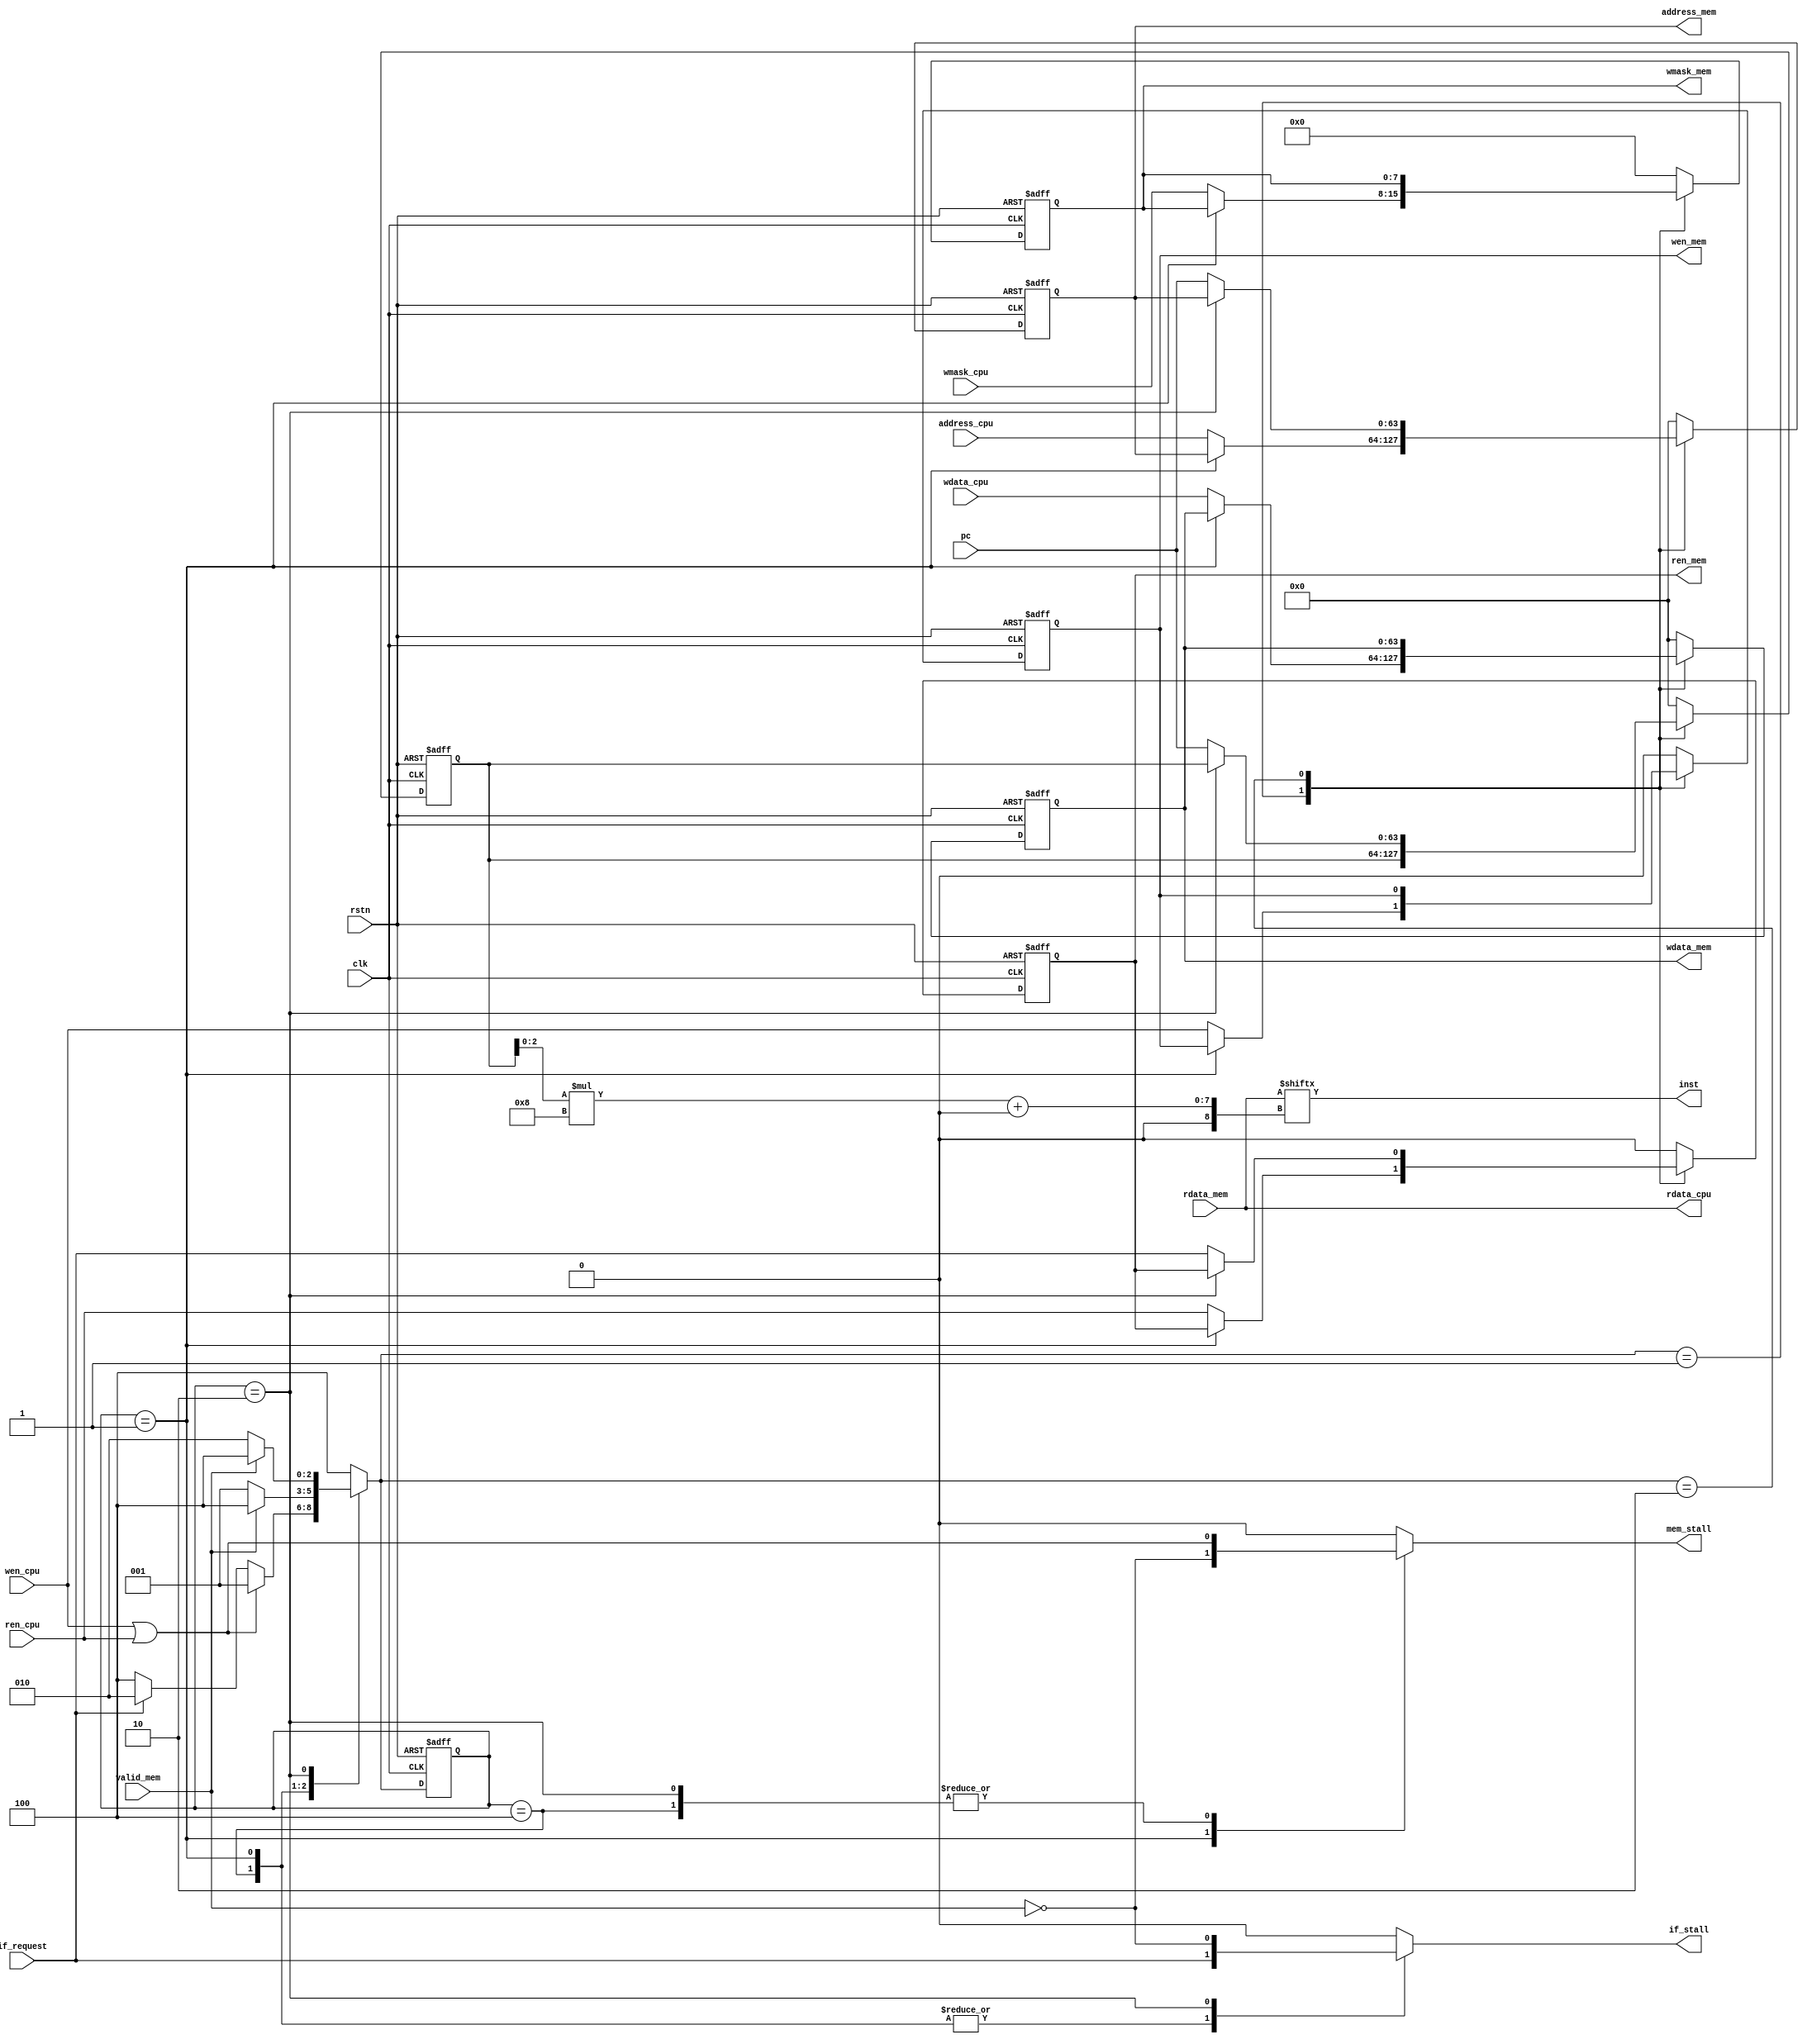
module Core2Mem_FSM (
    input wire clk,
    input wire rstn,
    input wire [63:0] pc,
    input wire if_request,
    input wire [63:0] address_cpu,
    input wire wen_cpu,
    input wire ren_cpu,
    input wire [63:0] wdata_cpu,
    input wire [7:0] wmask_cpu,
    output [31:0] inst,
    output [63:0] rdata_cpu,
    output if_stall,
    output mem_stall,

    output reg [63:0] address_mem,
    output reg ren_mem,
    output reg wen_mem,
    output reg [7:0] wmask_mem,
    output reg [63:0] wdata_mem,
    input wire [63:0] rdata_mem,
    input wire valid_mem
);
    parameter IDLE = 3'b100,
              INST = 3'b010,
              DATA = 3'b001;
    reg [2:0] state;
    reg [2:0] next_state;

    reg [63:0] pc_reg;
    reg if_stall_reg;
    reg mem_stall_reg;

    always @(posedge clk or negedge rstn) begin
        if (!rstn) begin
            state <= IDLE;
        end
        else begin
            state <= next_state;
        end
    end

    always @(*) begin
        next_state = IDLE;
        if_stall_reg = 0;
        mem_stall_reg = 0;
        case(state)
            IDLE: begin 
                next_state = wen_cpu | ren_cpu ? DATA : 
                             if_request        ? INST : 
                             IDLE;
                if_stall_reg = if_request;
                mem_stall_reg = wen_cpu | ren_cpu;
            end  
            DATA: begin
                next_state = valid_mem ? IDLE : DATA;
                if_stall_reg = if_request;
                mem_stall_reg = ~valid_mem;
            end
            INST: begin
                next_state = valid_mem ? IDLE : INST;
                if_stall_reg = ~valid_mem;
                mem_stall_reg = wen_cpu | ren_cpu; 
            end
            default: begin
                next_state = IDLE;
                if_stall_reg = 0;
                mem_stall_reg = 0;
            end
        endcase
    end
    always @(posedge clk or negedge rstn) begin 
        if (!rstn) begin
            address_mem <= 0;
            ren_mem <= 0;
            wen_mem <= 0;
            wmask_mem <= 0;
            wdata_mem <= 0;
            pc_reg <= 0;
        end
        else begin
            case(next_state)
                DATA:begin
                     if(state == DATA)begin
                        address_mem <= address_mem;
                        ren_mem <= ren_mem;
                        wen_mem <= wen_mem;
                        wmask_mem <= wmask_mem;
                        wdata_mem <= wdata_mem;
                    end
                    else begin
                        address_mem <= address_cpu;
                        ren_mem <= ren_cpu;
                        wen_mem <= wen_cpu;
                        wmask_mem <= wmask_cpu;
                        wdata_mem <= wdata_cpu;
                    end
                end
                INST:begin
                    if(state == INST)begin
                        pc_reg <= pc_reg;
                        address_mem <= address_mem;
                        ren_mem <= ren_mem;
                    end
                    else begin
                        pc_reg <= pc;
                        address_mem <= pc;
                        ren_mem <= if_request;
                    end
                end
                IDLE:begin
                    pc_reg <= 0;
                    address_mem <= 0;
                    ren_mem <= 0;
                    wen_mem <= 0;
                    wmask_mem <= 0;
                    wdata_mem <= 0;
                end
                default:begin
                    pc_reg <= 0;
                    address_mem <= 0;
                    ren_mem <= 0;
                    wen_mem <= 0;
                    wmask_mem <= 0;
                    wdata_mem <= 0;
                end
            endcase
        end
    end

    assign if_stall = if_stall_reg;
    assign mem_stall = mem_stall_reg;
    assign rdata_cpu = rdata_mem;
    assign inst[31:0] = rdata_cpu[pc_reg[2:0]*8 +:32];
endmodule